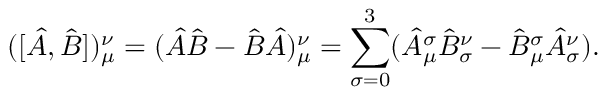
( [ \hat { A } , \hat { B } ] ) _ { \mu } ^ { \nu } = ( \hat { A } \hat { B } - \hat { B } \hat { A } ) _ { \mu } ^ { \nu } = \sum _ { \sigma = 0 } ^ { 3 } ( \hat { A } _ { \mu } ^ { \sigma } \hat { B } _ { \sigma } ^ { \nu } - \hat { B } _ { \mu } ^ { \sigma } \hat { A } _ { \sigma } ^ { \nu } ) .